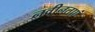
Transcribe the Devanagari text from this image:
नवीनताएं